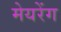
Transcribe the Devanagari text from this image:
मेयरेंग